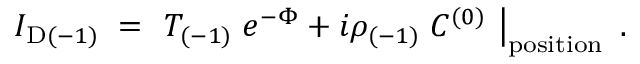
I _ { \mathrm { D } ( - 1 ) } \; = \; \left. T _ { ( - 1 ) } \; e ^ { - \Phi } + i \rho _ { ( - 1 ) } \; C ^ { ( 0 ) } \ \right| _ { \mathrm { p o s i t i o n } } \ .